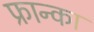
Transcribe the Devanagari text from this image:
फ्रान्का